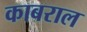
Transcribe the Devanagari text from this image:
काबराल